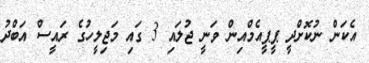
އެކަން ނުކޮށްދީ ޕީޕީއެމްއިން ވަނީ ޖުލައި 3 ގައި މަޖިލީހުގެ ރައީސް އަބްދު